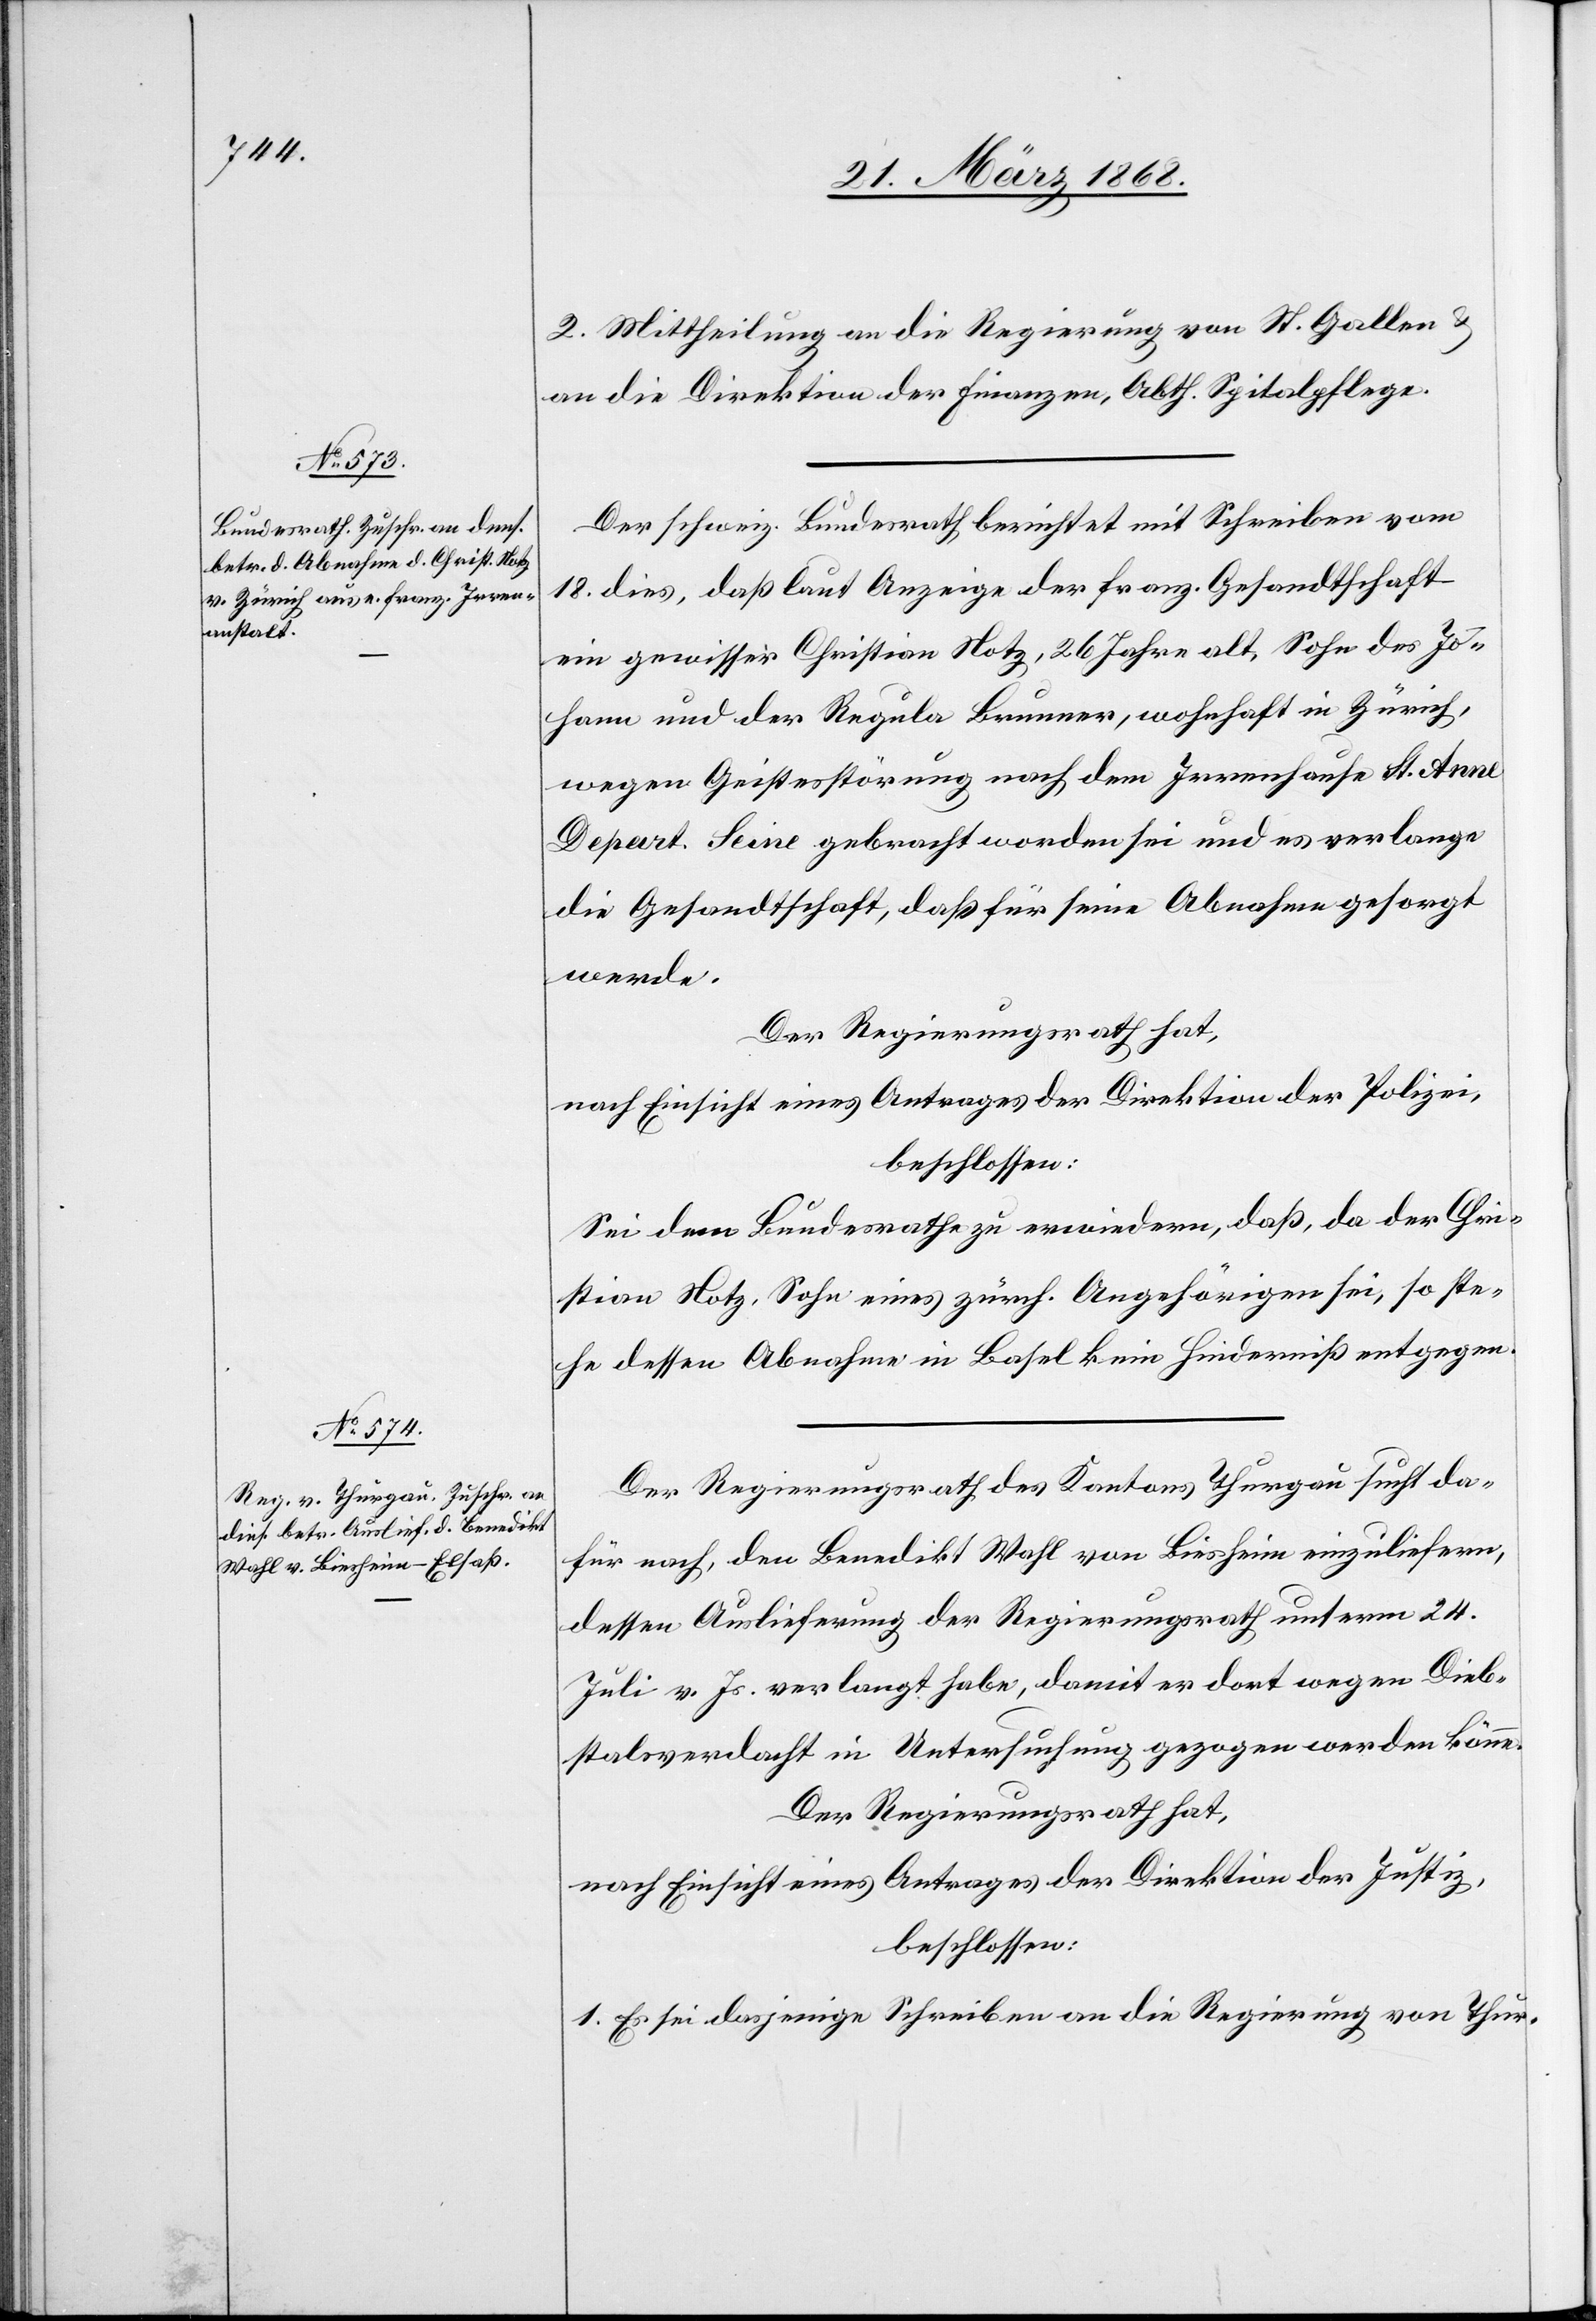
2. Mittheilung an die Regierung von St. Gallen &
an die Direktion der Finanzen, Abth. Spitalpflege.
Der schweiz. Bundesrath berichtet mit Schreiben vom
18. dies, daß laut Anzeige der franz. Gesandtschaft
ein gewisser Christian Notz, 26 Jahre alt, Sohn des Jo¬
hann und der Regula Brunner, wohnhaft in Zürich,
wegen Geistesstörung nach dem Irrenhause St. Anne
Depart. Seine gebracht worden sei und es verlange
die Gesandtschaft, daß für seine Abnahme gesorgt
werde.
Der Regierungsrath hat,
nach Einsicht eines Antrages der Direktion der Polizei,
beschlossen:
Sei dem Bundesrathe zu erwiedern, daß, da der Chri¬
stian Notz, Sohn eines zürch. Angehörigen sei, so ste¬
he dessen Abnahme in Basel kein Hinderniß entgegen.
Der Regierungsrath des Kantons Thurgau sucht da¬
für nach, den Benedikt Wahl von Biesheim einzuliefern,
dessen Auslieferung der Regierungsrath unterm 24.
Juli v. Js. verlangt habe, damit er dort wegen Dieb¬
stalsverdacht in Untersuchung gezogen werden könne.
Der Regierungsrath hat,
nach Einsicht eines Antrages der Direktion der Justiz,
beschlossen:
1. Es sei dasjenige Schreiben an die Regierung von Thur-